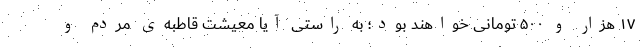
۱۷ هزار و ۵۰۰ تومانی خواهند بود؛ به راستی آیا معیشت قاطبه‌ی مردم و